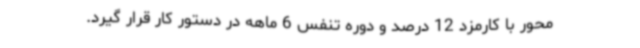
محور با کارمزد 12 درصد و دوره تنفس 6 ماهه در دستور کار قرار گیرد.